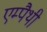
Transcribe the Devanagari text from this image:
एम्पैथी